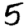
Digit: 5